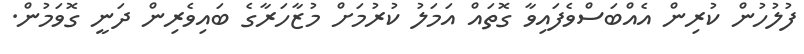
ފުލުހުން ކުރިން އެއްބަސްވެފައިވާ ގޮތައް އަމަލު ކުރުމަށް މުޒާހަރާގެ ބައިވެރިން ދަނީ ގޮވަމުން.